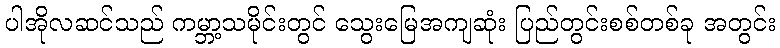
ပါအိုလဆင်သည် ကမ္ဘာ့သမိုင်းတွင် သွေးမြေအကျဆုံး ပြည်တွင်းစစ်တစ်ခု အတွင်း